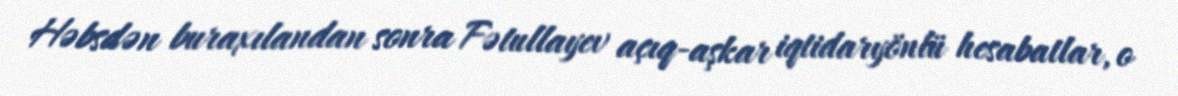
Həbsdən buraxılandan sonra Fətullayev açıq-aşkar iqtidaryönlü hesabatlar, o